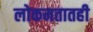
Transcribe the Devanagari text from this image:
लोकमतातही